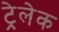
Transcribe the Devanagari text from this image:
ट्रेलेक